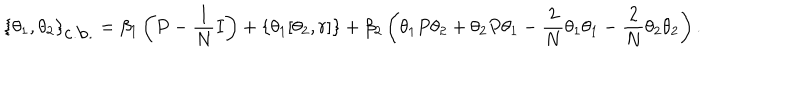
\{ \theta _ { 1 } , \theta _ { 2 } \} _ { \mathrm { c . b . } } = \beta _ { 1 } \left( P - \frac { 1 } { N } I \right) + \left\{ \theta _ { 1 } [ \theta _ { 2 } , r ] \right\} + \beta _ { 2 } \left( \theta _ { 1 } P \theta _ { 2 } + \theta _ { 2 } P \theta _ { 1 } - \frac { 2 } { N } \theta _ { 1 } \theta _ { 1 } - \frac { 2 } { N } \theta _ { 2 } \theta _ { 2 } \right) .